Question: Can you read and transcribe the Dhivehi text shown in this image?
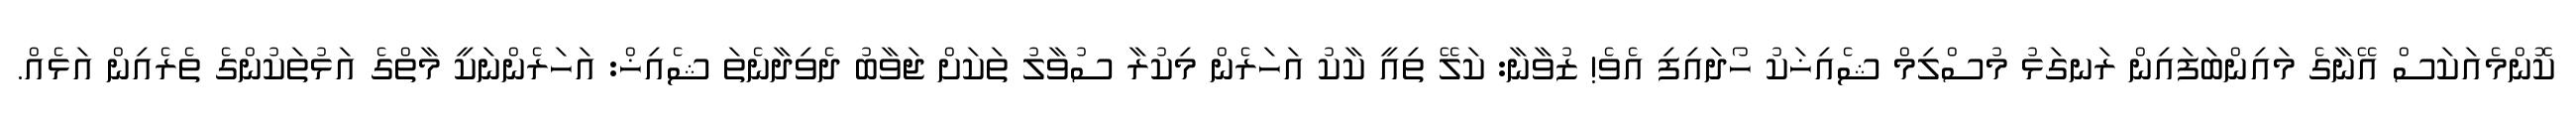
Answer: ކޮންމެއަކަސް އޭނާގެ މައިންބަފައިން ރަނގަޅު މުސްލިމް ޝެއިޚަކު ހޯދައިފި އެވެ! ޒުވާނާ: ކަލޭ ތިއީ ކާކު އަހަރެން މިކުރާ ސުވާލު ތަކަށް ޖަވާބު ދެވިދާނެތަ ޝެއިޚް: އަހަރެންނަކީ މާތްގެ އަޅުތަކުންގެ ތެރެއިން އަޅެއް.